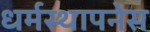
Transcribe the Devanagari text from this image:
धर्मस्थापनेस